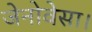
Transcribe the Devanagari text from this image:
जेनोवेसा।